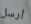
أرسل